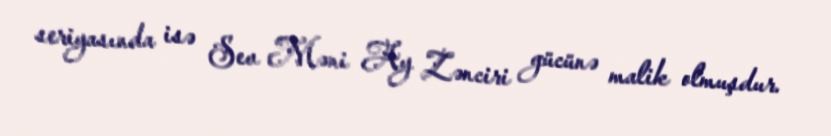
seriyasında isə Sev Məni Ay Zənciri gücünə malik olmuşdur.